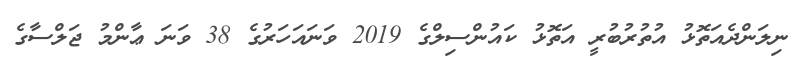
ނިލަންދެއަތޮޅު އުތުރުބުރީ އަތޮޅު ކައުންސިލްގެ 2019 ވަނައަހަރުގެ 38 ވަނަ ޢާންމު ޖަލްސާގެ